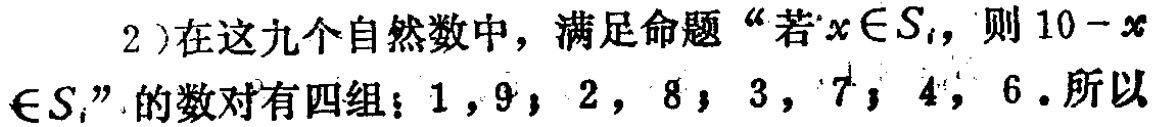
2)在这九个自然数中，满足命题“若\(x\in S_{i}\)，则\(10 - x\in S_{i}\)”的数对有四组：\(1,9\)；\(2,8\)；\(3,7\)；\(4,6\)。所以